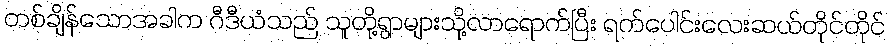
တစ်ချိန်သောအခါက ဂီဒီယံသည် သူတို့ရွာများသို့လာရောက်ပြီး ရက်ပေါင်းလေးဆယ်တိုင်တိုင်